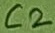
Text: C2